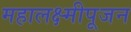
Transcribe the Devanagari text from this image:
महालक्ष्मीपूजन